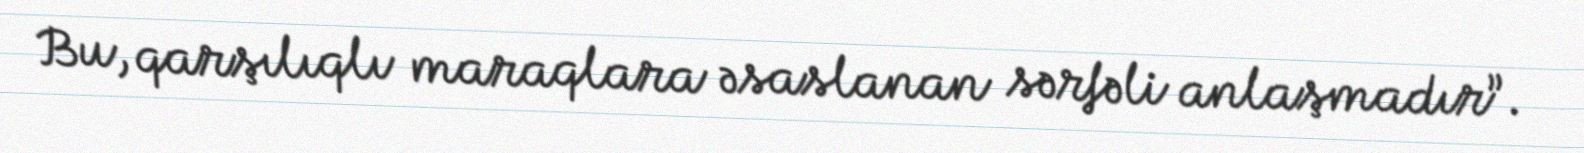
Bu, qarşılıqlı maraqlara əsaslanan sərfəli anlaşmadır”.